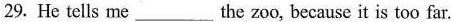
29. He tells me___the zoo, because it is too far.